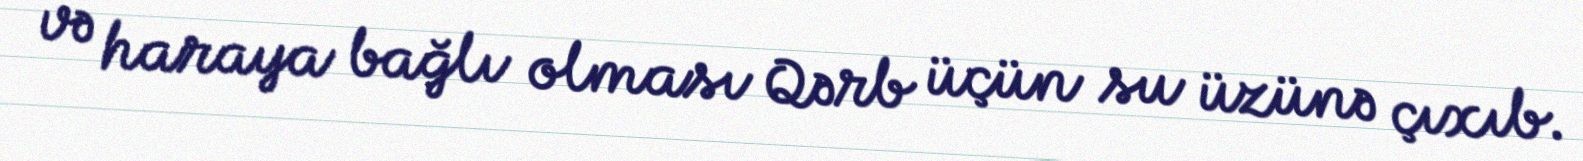
və haraya bağlı olması Qərb üçün su üzünə çıxıb.